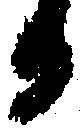
日